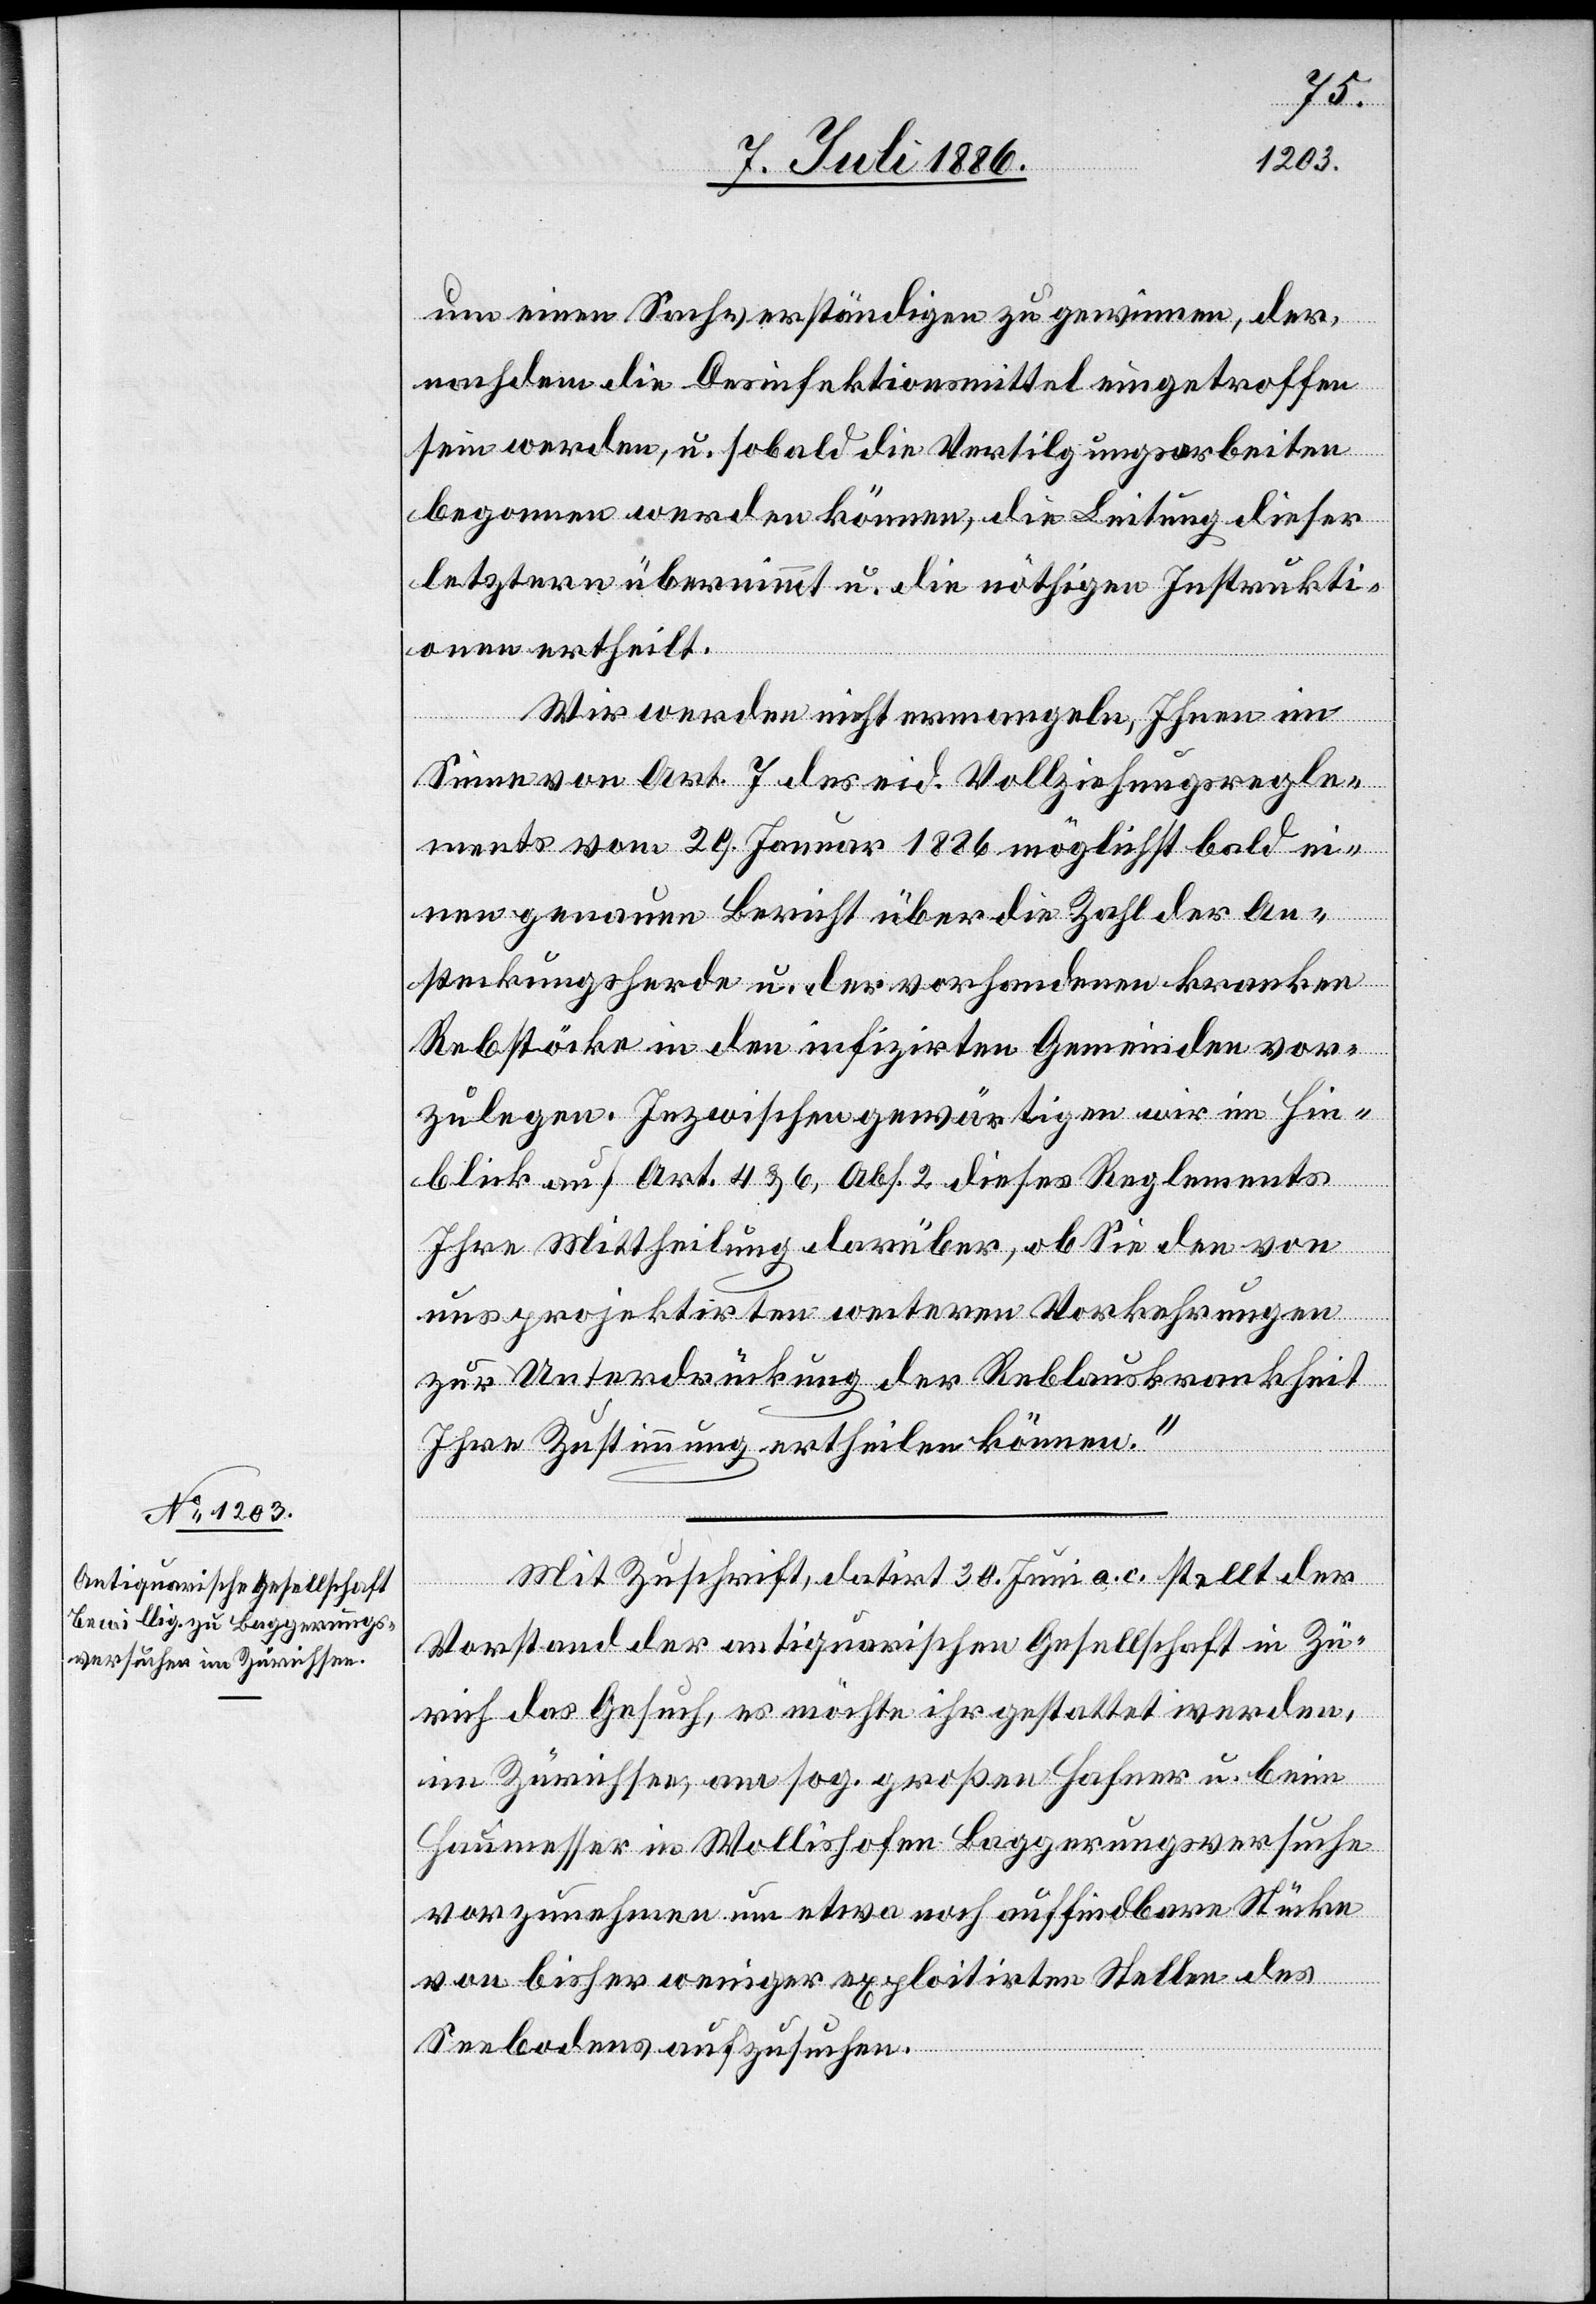
um einen Sachverständigen zu gewinnen, der,
nachdem die Desinfektionsmittel eingetroffen
sein werden, u. sobald die Vertilgungsarbeiten
begonnen werden können, die Leitung dieser
letztern übernimmt u. die nöthigen Instrukti¬
onen ertheilt.
Wir werden nicht ermangeln, Ihnen im
Sinne von Art. 7 des eid. Vollziehungsregle¬
ments vom 29. Januar 1886 möglichst bald ei¬
nen genauen Bericht über die Zahl der An¬
steckungsherde u. der vorhandenen kranken
Rebstöcke in den infizirten Gemeinden vor¬
zulegen. Inzwischen gewärtigen wir im Hin¬
blick auf Art. 4 & 6, Abs. 2 dieses Reglements
Ihre Mittheilung darüber, ob Sie den von
uns projektirten weiteren Vorkehrungen
zur Unterdrückung der Reblauskrankheit
Ihre Zustimmung ertheilen können.“
Mit Zuschrift, datirt 30. Juni a. c. stellt der
Vorstand der antiquarischen Gesellschaft in Zü¬
rich das Gesuch, es möchte ihr gestattet werden,
im Zürichsee, am sog. großen Hafner u. beim
Haumesser in Wollishofen Baggerungsversuche
vorzunehmen um etwa noch auffindbare Stücke
von bisher weniger exploitirten Stellen des
Seebodens aufzusuchen.